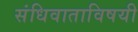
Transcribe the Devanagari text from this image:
संधिवाताविषयी